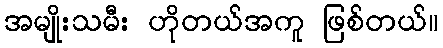
အမျိုးသမီး ဟိုတယ်အကူ ဖြစ်တယ်။